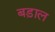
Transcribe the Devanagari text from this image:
बड़ाल